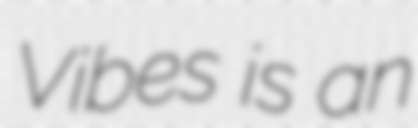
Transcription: Vibes is an